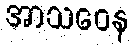
အာသဝေန